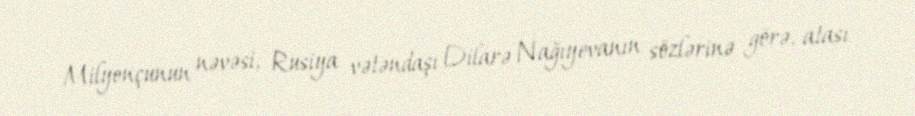
Milyonçunun nəvəsi, Rusiya vətəndaşı Dilarə Nağıyevanın sözlərinə görə, atası